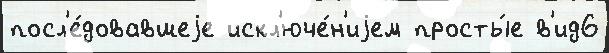
посл'е́довавшеjе искл'юче́н'иjем просты́е в'ид6